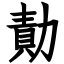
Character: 勣